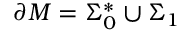
\partial M = \Sigma _ { 0 } ^ { * } \cup \Sigma _ { 1 }